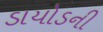
ડાયોડની